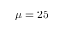
\mu = 2 5